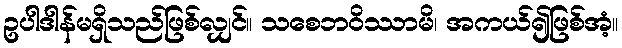
ဥပါဒါန်မရှိသည်ဖြစ်လျှင်။ သစေဘဝိဿာမိ၊ အကယ်၍ဖြစ်အံ့။